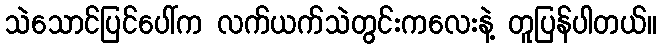
သဲသောင်ပြင်ပေါ်က လက်ယက်သဲတွင်းကလေးနဲ့ တူပြန်ပါတယ်။